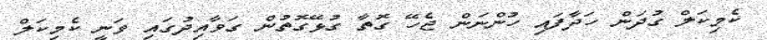
ކެމިކަލް ގުދަން ހަދާފައި ހުންނަން ޖެހޭ ގޮތާ ގުޅޭގޮތުން ގަވާއިދުގައި ވަނީ ކެމިކަލް